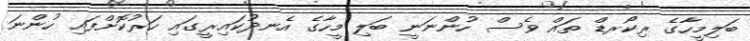
ބަލިމީހާގެ ރިކޯރޑް ތައް ވެސް ހުންނަނީ ބަލި މީހާގެ އެނދުކައިރީގައި ހަރުކޮށްފައި ހުންނަ